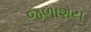
જળાશય